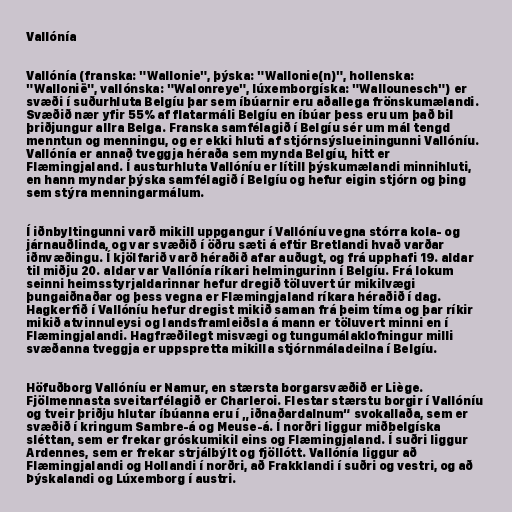
Vallónía

Vallónía (franska: "Wallonie", þýska: "Wallonie(n)", hollenska:
"Wallonië", vallónska: "Walonreye", lúxemborgíska: "Wallounesch") er
svæði í suðurhluta Belgíu þar sem íbúarnir eru aðallega frönskumælandi.
Svæðið nær yfir 55% af flatarmáli Belgíu en íbúar þess eru um það bil
þriðjungur allra Belga. Franska samfélagið í Belgíu sér um mál tengd
menntun og menningu, og er ekki hluti af stjórnsýslueiningunni Vallóníu.
Vallónía er annað tveggja héraða sem mynda Belgíu, hitt er
Flæmingjaland. Í austurhluta Vallóníu er lítill þýskumælandi minnihluti,
en hann myndar þýska samfélagið í Belgíu og hefur eigin stjórn og þing
sem stýra menningarmálum.

Í iðnbyltingunni varð mikill uppgangur í Vallóníu vegna stórra kola- og
járnauðlinda, og var svæðið í öðru sæti á eftir Bretlandi hvað varðar
iðnvæðingu. Í kjölfarið varð héraðið afar auðugt, og frá upphafi 19. aldar
til miðju 20. aldar var Vallónía ríkari helmingurinn í Belgíu. Frá lokum
seinni heimsstyrjaldarinnar hefur dregið töluvert úr mikilvægi
þungaiðnaðar og þess vegna er Flæmingjaland ríkara héraðið í dag.
Hagkerfið í Vallóníu hefur dregist mikið saman frá þeim tíma og þar ríkir
mikið atvinnuleysi og landsframleiðsla á mann er töluvert minni en í
Flæmingjalandi. Hagfræðilegt misvægi og tungumálaklofningur milli
svæðanna tveggja er uppspretta mikilla stjórnmáladeilna í Belgíu.

Höfuðborg Vallóníu er Namur, en stærsta borgarsvæðið er Liège.
Fjölmennasta sveitarfélagið er Charleroi. Flestar stærstu borgir í Vallóníu
og tveir þriðju hlutar íbúanna eru í „iðnaðardalnum“ svokallaða, sem er
svæðið í kringum Sambre-á og Meuse-á. Í norðri liggur miðbelgíska
sléttan, sem er frekar gróskumikil eins og Flæmingjaland. Í suðri liggur
Ardennes, sem er frekar strjálbýlt og fjöllótt. Vallónía liggur að
Flæmingjalandi og Hollandi í norðri, að Frakklandi í suðri og vestri, og að
Þýskalandi og Lúxemborg í austri.